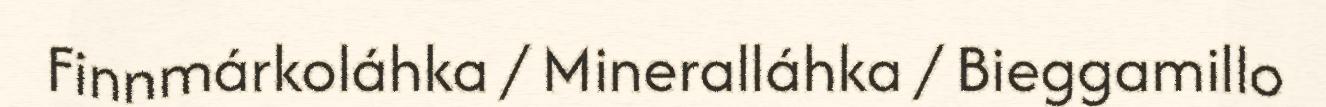
Finnmárkoláhka / Mineralláhka / Bieggamillo